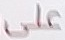
على